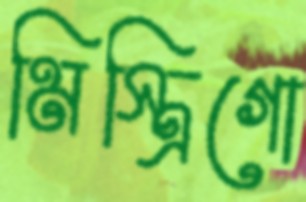
মিস্ত্রিগো